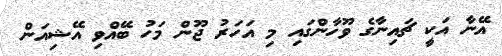
އޭނާ އަކީ ޗައިނާގެ ވޫހާންގައި މި އަހަރު ޖޫން މަހު ބޭއްވި އޭޝިއަން